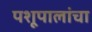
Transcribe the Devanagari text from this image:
पशूपालांचा